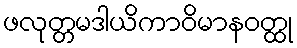
ဖလုတ္တမဒါယိကာဝိမာနဝတ္ထု